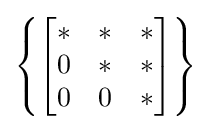
\left\{{\begin{bmatrix}*&*&*\\0&*&*\\0&0&*\end{bmatrix}}\right\}